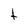
Character: t